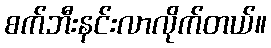
စက်ဘီးနင်းလာလိုက်တယ်။